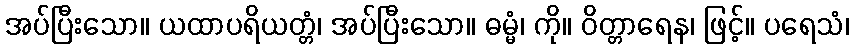
အပ်ပြီးသော။ ယထာပရိယတ္တံ၊ အပ်ပြီးသော။ ဓမ္မံ၊ ကို။ ဝိတ္တာရေန၊ ဖြင့်။ ပရေသံ၊